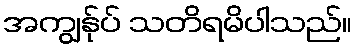
အကျွန်ုပ် သတိရမိပါသည်။